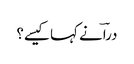
دراؔ نے کہا کیسے؟